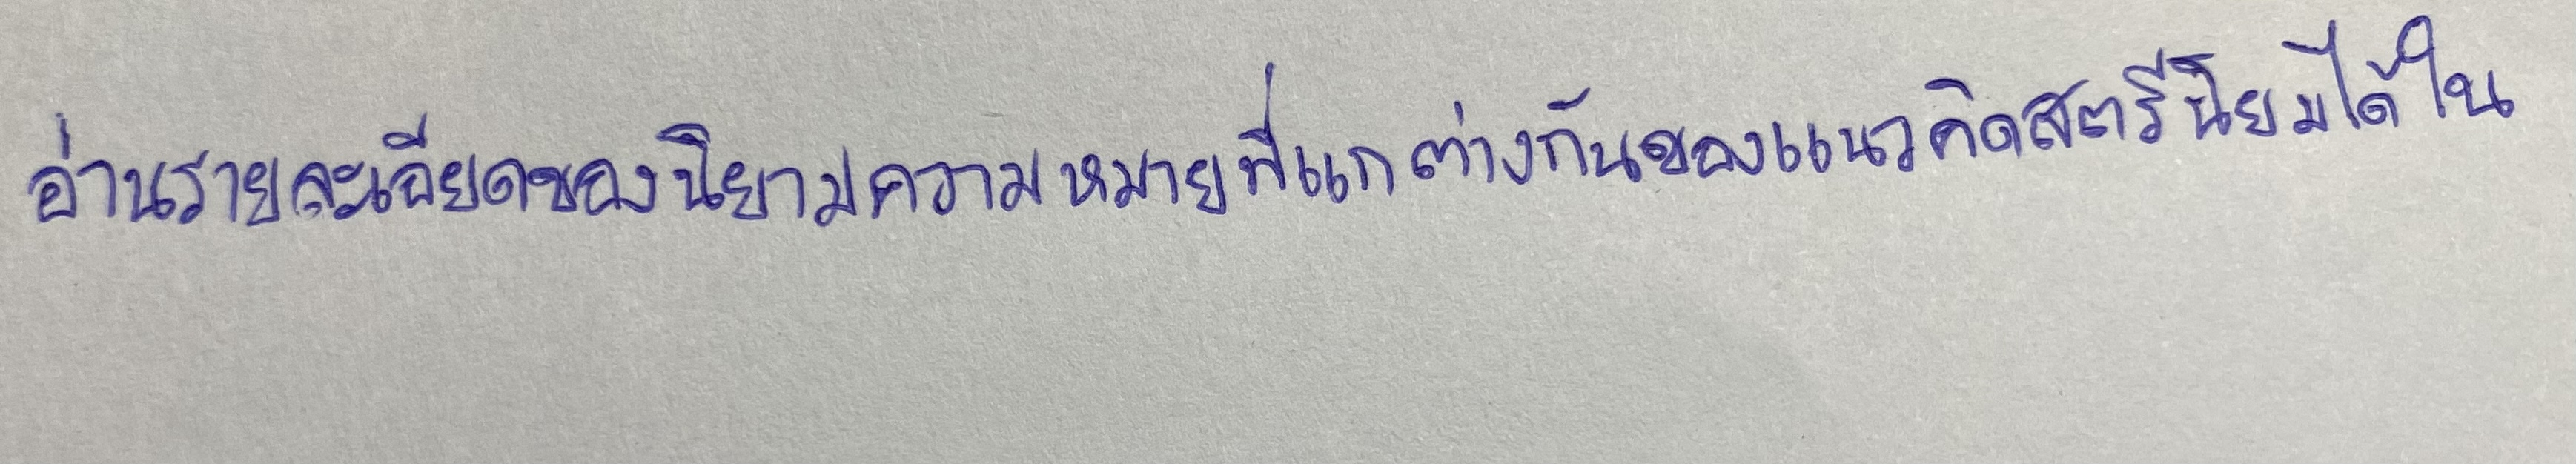
อ่านรายละเอียดของนิยามความหมายที่แกต่างกันของแนวคิดสตรีนิยมได้ใน